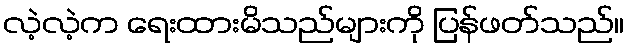
လဲ့လဲ့က ရေးထားမိသည်များကို ပြန်ဖတ်သည်။